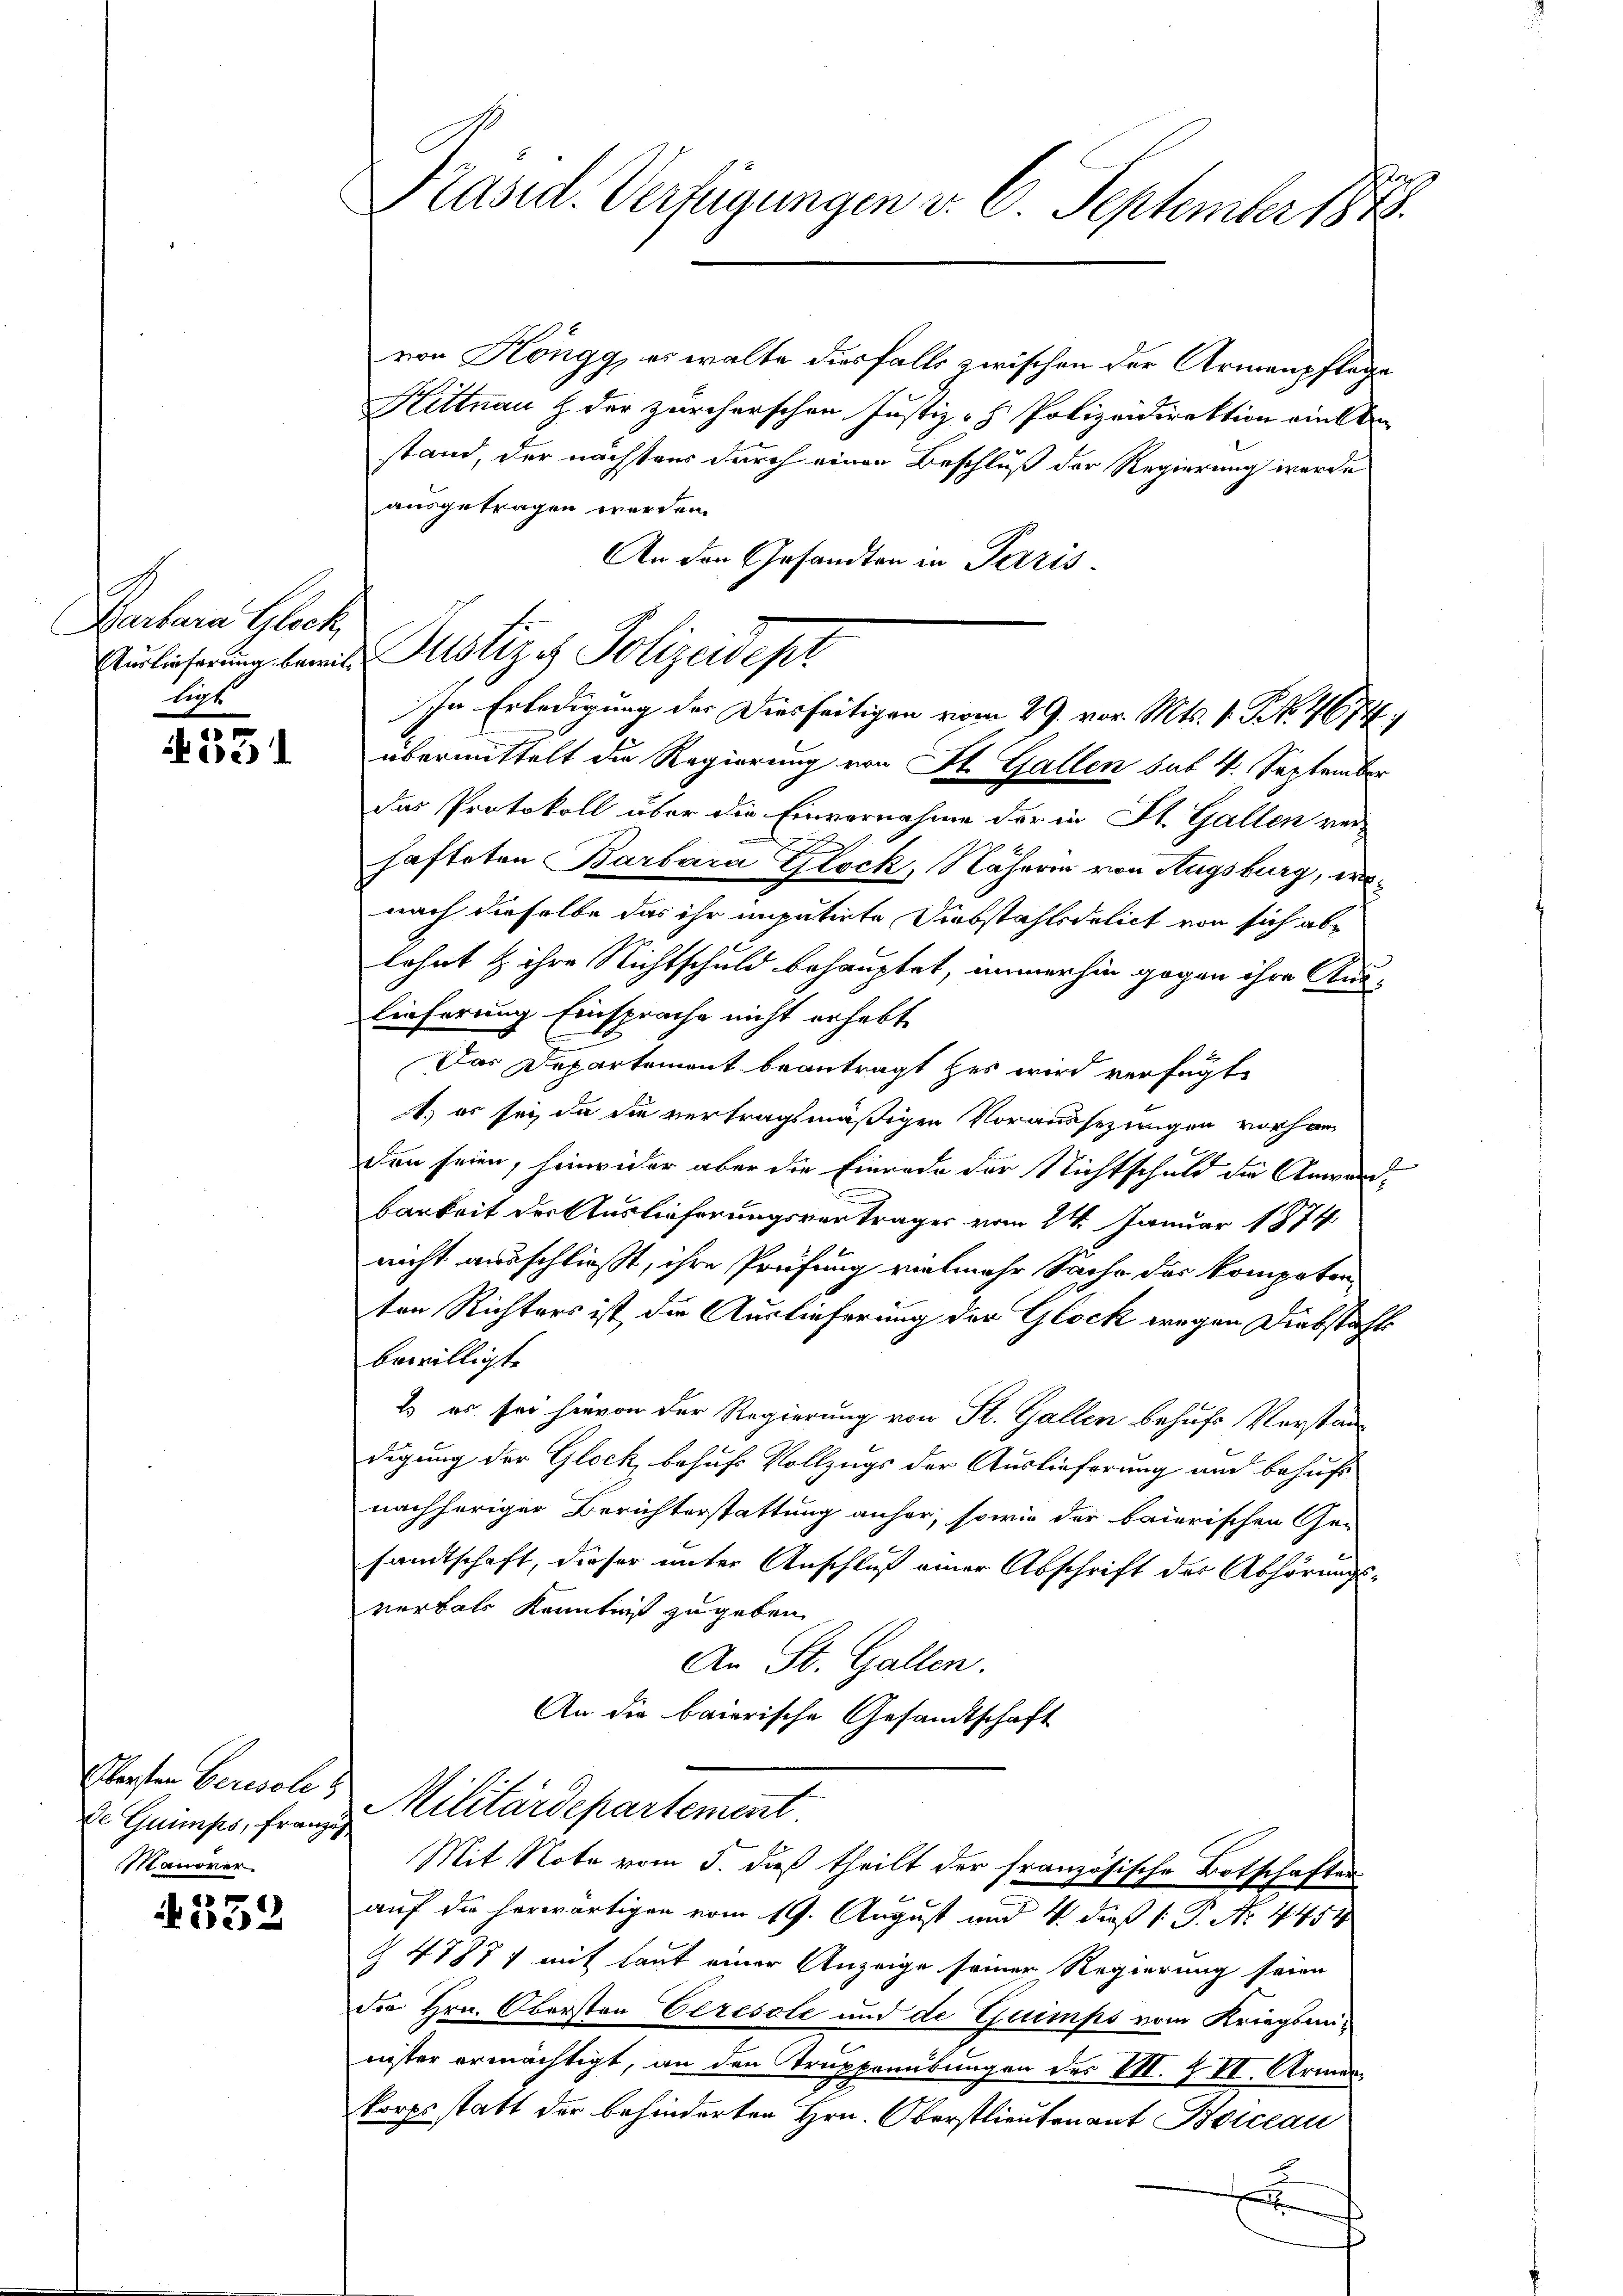
Barbara Glock
ligt

d
el

Obersten Berevolls
de Guimps, franzig
Manover

332

Präsid. Verfügungen v. 6. September 1873.

von Köngg, es walte diesfalls zwischen der Armenpflege
Hittnau & der zürcherschen Justiz - Polizeidirektion viellen
stand, der nächstens durch einen Beschluß der Regierung werde
ausgetragen werden.
An den Gesandten in Paris

Auslieferung bemit Justiz es Polizeidept
In Erledigung der Diesseitigen vom 29. vor. Mts. 1. S. 4674)
übermittelt die Regierung von St. Gallen sub 4. September

das Protokoll über die Einvernahme der in St. Gallen ver-
hafteten Barbara Glock, Näheren von Augsburg, ernach dieselbe das ihr imputirte Diebstahlsdelict von sich ablehnt & ihre Nichtschuld behauptet, immerhin gegen ihre Aus-
lieferung Einsprache nicht erhebt
Das Departement beantragt her wird verfügt
1.) es sei, da die vertragsmäßigen Voraussezungen vorhan
b
den seien, hinwider aber die Einrade der Nichtschuld die Anwandbarkeit der Auslieferungsvertrages vom 24. Januar 1874
nicht ausschließt, ihre Prüfung vielmehr Sache das kompeten
ten Richters ist die Auslieferung der Glock wegen Diebstafts
bewilligte
Es er sei hievon der Regierung von St. Gallen behufs Verständigung der Glock behufs Vollzugs der Auslieferung und behufs
nachheriger Berichterstattung anher, sowie der baierischen Gen
sandtschaft, dieser unter Anschluß einer Abschrift der Abhörungsverbals Kenntnis zu geben.
An St. Gallen.
An die baierische Gesandtschaft

Militärdepartement
Mit Note vom 5. dieß theilt der französische Botschaften
auf die herwärtigen vom 19. August und 4. daß P. Nr. 4451

Z 4787, mit laut einer Anzeige seiner Regierung seien
der Hrn. Obersten Ceresole und de Guimps vom Kriegsminister ermächtigt, an den Truppenübungen des VII. Z VI. Armenkorpsstatt der behinderten Hrn. Oberstlieutenant Boiccau
E